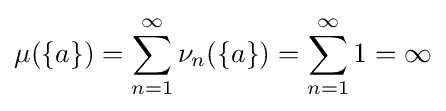
\mu (\{a\})=\sum _{n=1}^{\infty }\nu _{n}(\{a\})=\sum _{n=1}^{\infty }1=\infty